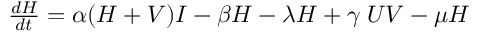
\begin{array} { r } { \frac { d H } { d t } = \alpha ( H + V ) I - \beta H - \lambda H + { \gamma } \; U V - \mu H } \end{array}